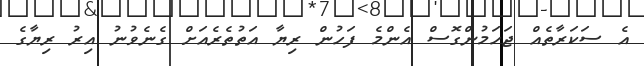
އެ ސަކަރާތެއް ޖަހަމުންގޮސް އެންމެ ފަހުން ރިޔާ އަތުތެރެއަށް ގެނެވުނު އިރު ރިޔާގެ